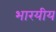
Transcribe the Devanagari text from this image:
भारयीय